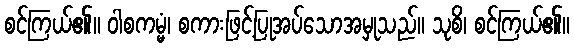
စင်ကြယ်၏။ ဝါစကမ္မံ၊ စကားဖြင့်ပြုအပ်သောအမှုသည်။ သုစိ၊ စင်ကြယ်၏။